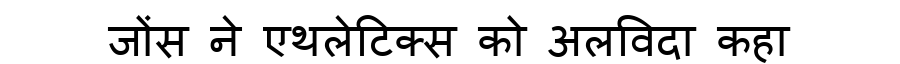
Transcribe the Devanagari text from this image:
जोंस ने एथलेटिक्स को अलविदा कहा